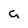
Character: a